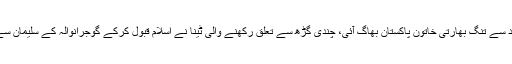
شوہر کے تشدد سے تنگ بھارتی خاتون پاکستان بھاگ آئی، چندی گڑھ سے تعلق رکھنے والی ٹینا نے اسلام قبول کرکے گوجرانوالہ کے سلیمان سے شادی کرلی۔